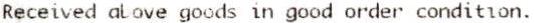
RECEIVED ABOVE GOODS IN GOOD ORDER CONDITION.